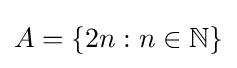
A=\{2n:n\in \mathbb {N} \}